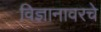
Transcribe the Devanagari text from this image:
विज्ञानावरचे